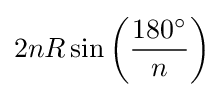
2nR\sin \left({\frac {180^{\circ }}{n}}\right)